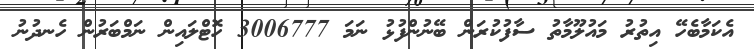
އެކަމާބެހޭ އިތުރު މައުލޫމާތު ސާފުކުރަން ބޭނުންފުޅު ނަމަ 3006777 ހޮޓްލައިން ނަމްބަރުން ހެނދުނު